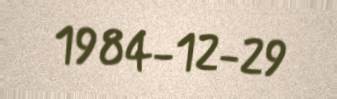
1984-12-29